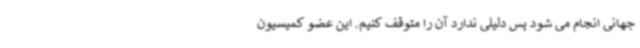
جهانی انجام می شود پس دلیلی ندارد آن را متوقف کنیم. این عضو کمیسیون